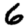
Digit: 6